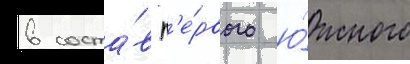
в соста́в п'е́рвого ю́жного